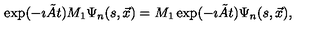
\exp ( - \imath \tilde { A } t ) M _ { 1 } \Psi _ { n } ( s , \vec { x } ) = M _ { 1 } \exp ( - \imath \tilde { A } t ) \Psi _ { n } ( s , \vec { x } ) ,